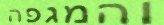
והמגפה